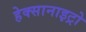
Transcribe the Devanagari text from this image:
हेक्सानाइट्रो